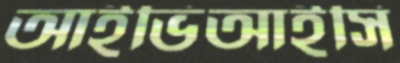
আইভিআইসি